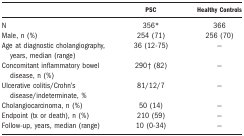
<table><thead><tr><td></td><td><b>PSC</b></td><td><b>Healthy Controls</b></td></tr></thead><tbody><tr><td>N</td><td>356*</td><td>366</td></tr><tr><td>Male, n (%)</td><td>254 (71)</td><td>256 (70)</td></tr><tr><td>Age at diagnostic cholangiography, years, median (range)</td><td>36 (12-75)</td><td>—</td></tr><tr><td>Concomitant inflammatory bowel disease, n (%)</td><td>290† (82)</td><td>—</td></tr><tr><td>Ulcerative colitis/Crohn&#x27;s disease/indeterminate, %</td><td>81/12/7</td><td>—</td></tr><tr><td>Cholangiocarcinoma, n (%)</td><td>50 (14)</td><td>—</td></tr><tr><td>Endpoint (tx or death), n (%)</td><td>210 (59)</td><td>—</td></tr><tr><td>Follow-up, years, median (range)</td><td>10 (0-34)</td><td>—</td></tr></tbody></table>